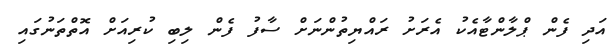
އަދި ފެން ޕްލާންޓާއެކު އެރަށު ރައްޔިތުންނަށް ސާފު ފެން ލިބި ކުރިއަށް އޮތްތަނުގައި